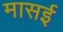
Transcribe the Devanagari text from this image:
मासई